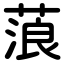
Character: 蒗